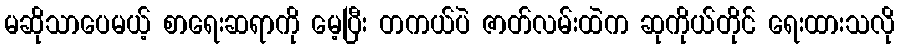
မဆိုသာပေမယ့် စာရေးဆရာကို မေ့ပြီး တကယ်ပဲ ဇာတ်လမ်းထဲက ဆုကိုယ်တိုင် ရေးထားသလို